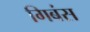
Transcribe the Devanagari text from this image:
गिबंस